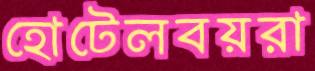
হোটেলবয়রা